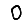
Digit: 0